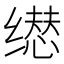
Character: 𬙃